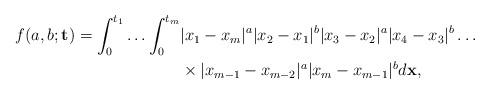
LaTeX: \begin{align*}f(a,b;\mathbf{t})=\int_0^{t_1}\ldots\int_0^{t_m}& |x_1-x_m|^a |x_2-x_1|^b |x_3-x_2|^a |x_4-x_3|^b \ldots\\&\times |x_{m-1}-x_{m-2}|^a |x_{m}-x_{m-1}|^b d\mathbf{x},\end{align*}